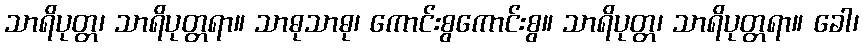
သာရိပုတ္တ၊ သာရိပုတ္တရာ။ သာဓုသာဓု၊ ကောင်းစွကောင်းစွ။ သာရိပုတ္တ၊ သာရိပုတ္တရာ။ ခေါ၊